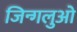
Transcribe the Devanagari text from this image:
जिन्गलुओ